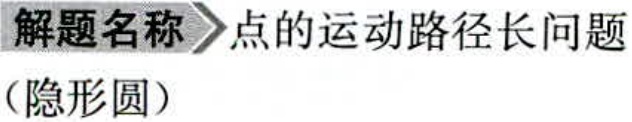
解题名称 \(\rightharpoonup\) 点的运动路径长问题（隐形圆）